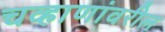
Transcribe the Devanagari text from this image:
चव्हाणांवरील